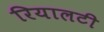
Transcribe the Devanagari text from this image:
रियालटी